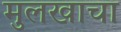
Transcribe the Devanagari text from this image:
मुलखाचा